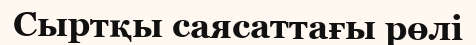
Сыртқы саясаттағы рөлі